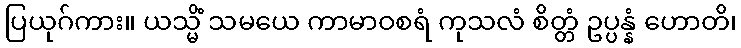
ပြယုဂ်ကား။ ယသ္မိံ သမယေ ကာမာဝစရံ ကုသလံ စိတ္တံ ဥပ္ပန္နံ ဟောတိ၊